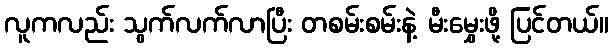
လူကလည်း သွက်လက်လာပြီး တစမ်းစမ်းနဲ့ မီးမွှေးဖို့ ပြင်တယ်။